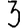
Digit: 3